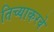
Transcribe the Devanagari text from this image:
तिच्याकरवे